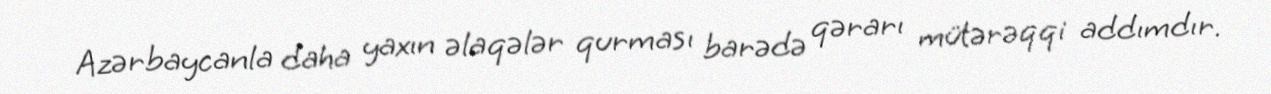
Azərbaycanla daha yaxın əlaqələr qurması barədə qərarı mütərəqqi addımdır.